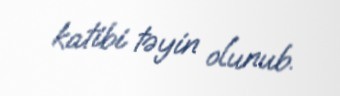
katibi təyin olunub.